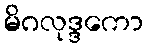
မိဂလုဒ္ဒကော